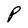
Character: P